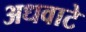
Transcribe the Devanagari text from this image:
अधवाटे